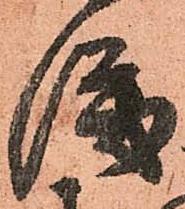
儀